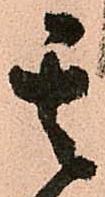
其